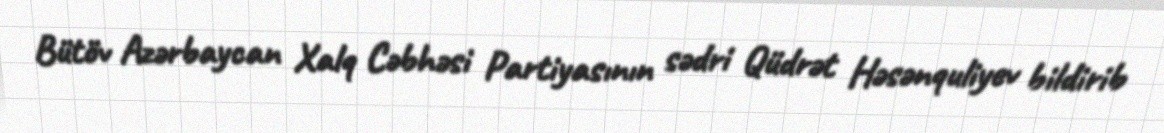
Bütöv Azərbaycan Xalq Cəbhəsi Partiyasının sədri Qüdrət Həsənquliyev bildirib